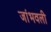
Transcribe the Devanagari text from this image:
जांभवली